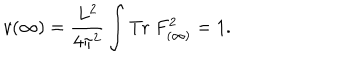
v ( \infty ) = \frac { L ^ { 2 } } { 4 \pi ^ { 2 } } \int \mathrm { T r } \; F _ { ( \infty ) } ^ { 2 } = 1 .